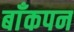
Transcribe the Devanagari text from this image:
बाँकपन